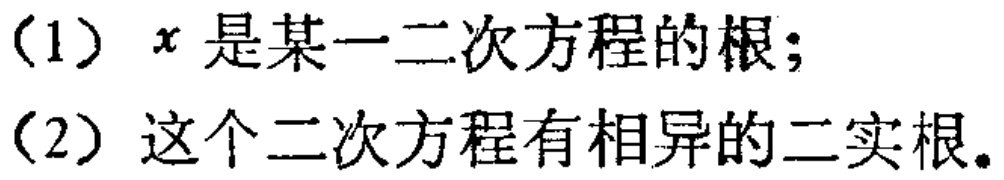
（1）\(x\)是某一二次方程的根；
（2）这个二次方程有相异的二实根。